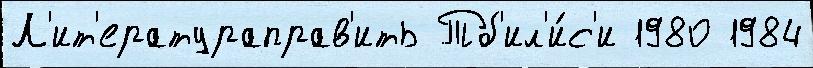
Л'ит'ератураправ'ить Тб'ил'и́с'и 1980 1984